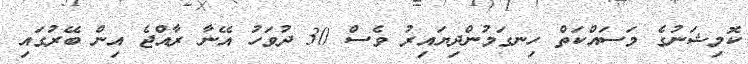
ކޮމިޝަނުގެ މަސައްކަތް ހިނގަމުންދިޔައިރު ވެސް 30 ދުވަހު އޭނާ ރާއްޖެ އިން ބޭރުގައި